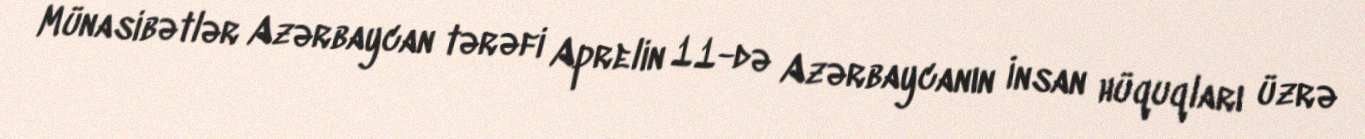
Münasibətlər Azərbaycan tərəfi Aprelin 11-də Azərbaycanın İnsan hüquqları üzrə